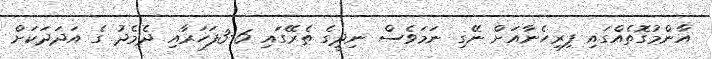
އާންމުގޮތެއްގައި ފިރިހެނާއަށް ނޭގި ނަމަވެސް ނިދީގެ ތެރޭގައި 6-3ފަހަރާއި ދެމެދު ގެ އަދަދަކަށް